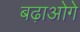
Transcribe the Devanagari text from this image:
बढ़ाओगे